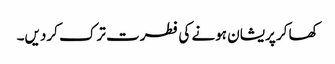
کھا کر پریشان ہونے کی فطرت ترک کردیں۔